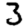
Digit: 3